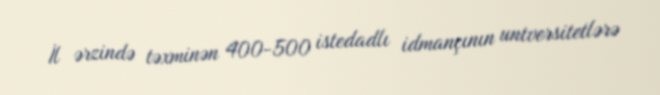
İl ərzində təxminən 400-500 istedadlı idmançının universitetlərə